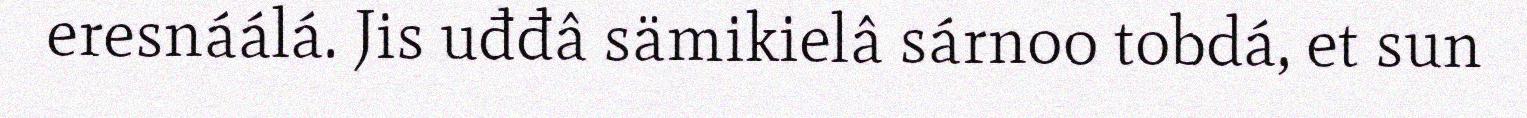
eresnáálá. Jis uđđâ sämikielâ sárnoo tobdá, et sun